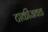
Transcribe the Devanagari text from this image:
टाकीजवळ